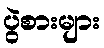
ပွဲစားများ